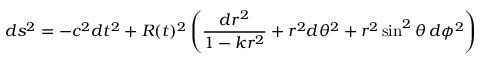
d s ^ { 2 } = - c ^ { 2 } d t ^ { 2 } + R ( t ) ^ { 2 } \left( { \frac { d r ^ { 2 } } { 1 - k r ^ { 2 } } } + r ^ { 2 } d \theta ^ { 2 } + r ^ { 2 } \sin ^ { 2 } \theta \, d \phi ^ { 2 } \right)